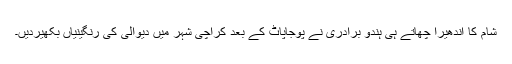
شام کا اندھیرا چھاتے ہی ہندو برادری نے پوجاپاٹ کے بعد کراچی شہر میں دیوالی کی رنگینیاں بکھیردیں۔